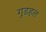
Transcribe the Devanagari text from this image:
गुडहल